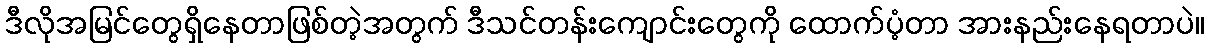
ဒီလိုအမြင်တွေရှိနေတာဖြစ်တဲ့အတွက် ဒီသင်တန်းကျောင်းတွေကို ထောက်ပံ့တာ အားနည်းနေရတာပဲ။